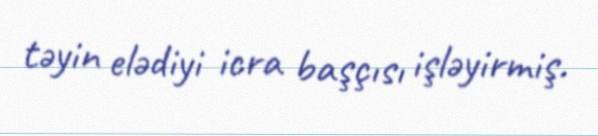
təyin elədiyi icra başçısı işləyirmiş.